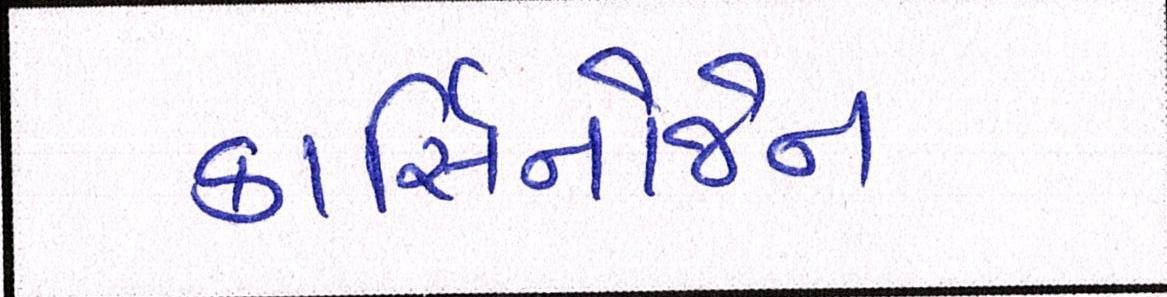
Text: કાર્સિનોજેન